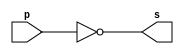
// ------------------------- 
// Exemplo0002 - NOT 
// Nome: Pedro Henrique Vilar Locatelli 
// ------------------------- 
// ------------------------- 
// -- not gate 
// ------------------------- 
module notgate (output s, 
input p); 
assign s = ~p; 
endmodule // notgate 
// ------------------------- 
// -- test not gate 
// ------------------------- 
module testnotgate; 
// ------------------------- dados locais 
reg a; // definir registrador 
// (variavel independente) 
wire s; // definir conexao (fio) 
// (variavel dependente ) 
// ------------------------- instancia 
notgate NOT1 (s, a); 
// ------------------------- preparacao 
initial begin:start 
a=0; // valor inicial 
end 
// ------------------------- parte principal 
initial begin 
$display("Exemplo0002 - Pedro Henrique Vilar Locatelli  - 427453"); 
$display("Test NOT gate"); 
$display("\n~a = s\n"); 
a=0; 
#1 $display("~%b = %b", a, s); 
a=1; 
#1 $display("~%b = %b", a, s); 
end 
endmodule // testnotgate